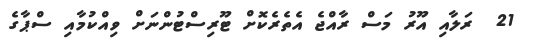
21  ރަލާއި އޫރު މަސް ރާއްޖެ އެތެރެކޮށް ޓޫރިސްޓުންނަށް ވިއްކުމާއި ސްޕާގެ